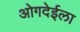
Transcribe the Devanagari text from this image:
ओगदेईला